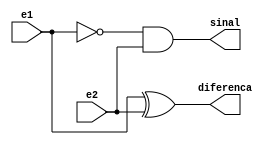
// Nome: Giselle Caroline Vieira
// Matrcula: 424649


module metodomeiadiferenca(diferenca,sinal,e1,e2);
output diferenca,sinal;
input e1,e2;
wire temp1;

xor xor1 (diferenca,e1,e2);
not not1 (temp1,e1);
and and1 (sinal,temp1,e2);

endmodule


module metododiferencacompleta (diferenca,sinal,e1,e2,e3);
output diferenca,sinal;
input e1,e2,e3;
wire temp1,temp2,temp3;

metodomeiadiferenca MeiaDiferenca1 (temp1,temp2,e1,e2);
metodomeiadiferenca MeiaDiferenca2 (diferenca,temp3,e3,temp1);
or OR1 (sinal,temp2,temp3);


endmodule


module metodoDiferencacompleta4bits(diferenca,sinal,e1,e2);

output [2:0]diferenca;
output sinal;
input [2:0]e1,e2;
wire sinal1,sinal2;

metodomeiadiferenca MEIADIFERENCA (diferenca[0],sinal1,e1[0],e2[0]);
metododiferencacompleta DIFERENCACOMPLETA1 ( diferenca[1],sinal2,e1[1],e2[1],sinal1);
metododiferencacompleta DIFERENCACOMPLETA2 (diferenca[2],sinal,e1[2],e2[2],sinal2);

endmodule


module testsubtrator4bits;
reg [2:0]e1,e2;
wire [2:0]diferenca;
wire sinal;
integer i,j;

metodoDiferencacompleta4bits DiferencaCompleta(diferenca,sinal,e1,e2);

initial begin: start
		e1=0; e2=0;
end


	initial begin:main

		$display("Circuito Diferenca Completa com 3 bits ");
		#1 $display(" e1 - e2 = sinal  diferenca ");
		#1 $monitor(" %4b - %4b = %b  %4b", e1,e2,sinal,diferenca);

		for( i=0; i<=7; i = i+1 )
		begin
			e1 = i;
			for ( j=0; j<=7; j = j+1 )
			begin
				#1 e2 = j;
			end
		end

	end

endmodule